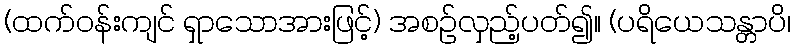
(ထက်ဝန်းကျင် ရှာသောအားဖြင့်) အစဉ်လှည့်ပတ်၍။ (ပရိယေသန္တာပိ၊